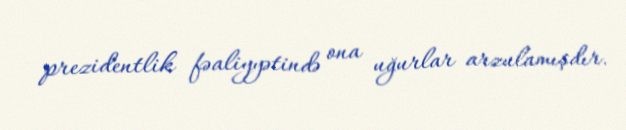
prezidentlik fəaliyyətində ona uğurlar arzulamışdır.